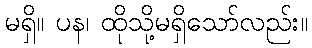
မရှိ။ ပန၊ ထိုသို့မရှိသော်လည်း။